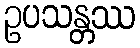
ဥပသန္တဿ